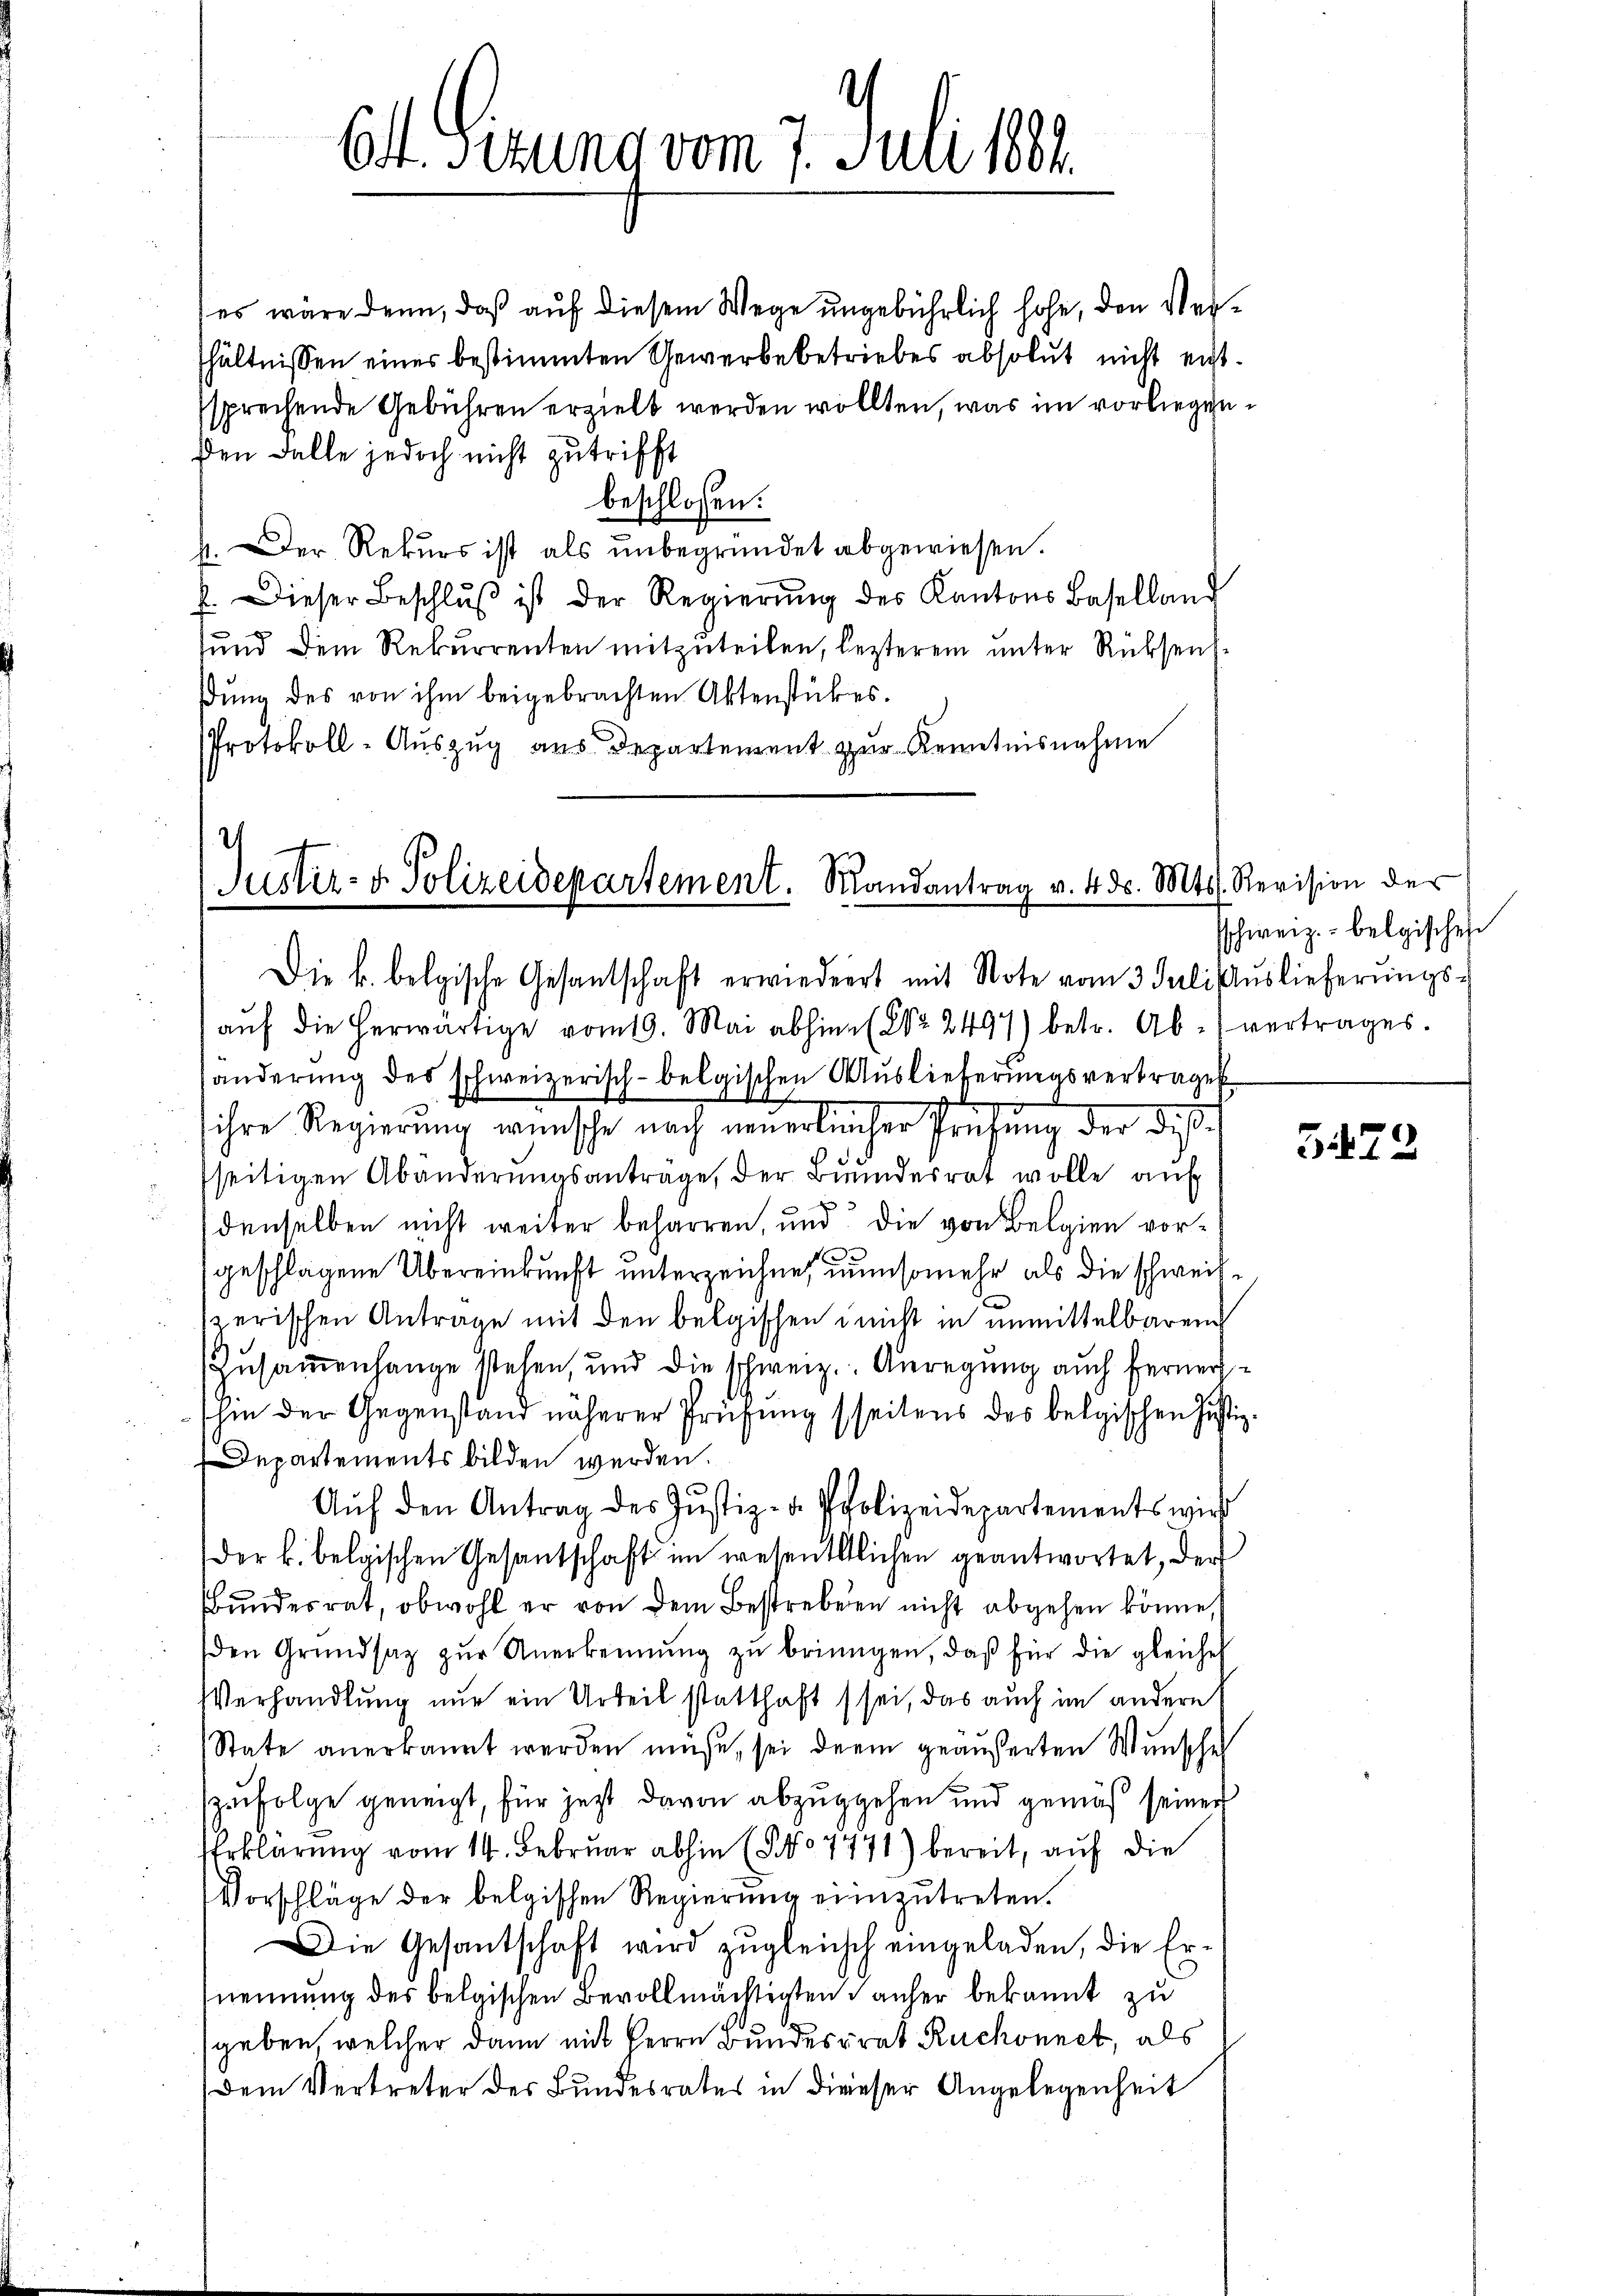
Ct. Firung vom 7. Juli 1884.

es wäre denn, daß auf diesem Wege ungebührlich hohe, den Vershältnissen eines bestimmten Gewerbebetriebes absolut nicht entssprechende Gebühren erzielt werden wollten, was im vorliegenden Falle jedoch nicht zutrifft
beschlossen:
J. Der Rekurs ist als unbegründet abgewiesen.
b. Dieser Beschlŭβ ist der Regierŭng des Kantons Baselland
sund dem Rekurrenten mitzuteilen, lezterem unter Rücksenŭng des von ihm beigebrachten Aktenstückes.
Protokoll-Auszug aus Departement zur Kenntnisnahme

¬
Justiz- & Polizeidepartement. Mandantrag v. 4. d. Mts. Revision der
Die k. belgische Gesantschaft erwiedert mit Note vom 3. Juli Aŭslieferŭngs-

aŭf die herwärtige vom 19. Mai abhin (Nr. 2497) betr. Ab-vertrages.
änderung des schweizerisch-belgischen Auslieferungsvertrages
ihre Regierung wünsche nach neuerleicher Prüfung der diesel
seitigen Abänderungsantrage, der Bundesrat wolle auf
denselben nicht weiter beharren, und die von Belgien vord
geschlagene Übereinkunft unterzeichne, umsomehr als die schweiszerischen Antrage mit den belgischen nicht in unmittelbaren
Zusammenhange stehen, und die schweiz. Anregung auch ferner
shin der Gegenstand näherer Prüfung (seitens des belgischen Justiz-
Departements bilden werden.
Auf den Antrag des Justiz- u. Polizeidepartements wird
der k. belgischen Gesantschaft im wesentlichen geantwortet, der
bundesrat, obwohl er von dem Bestreben nicht abgehen könne,
den Grŭndsatz zŭr Anerkennung zŭ bringen, daβ für die gleiches
VVerhandlung nur ein Urteil statthaft sei, das auch im andere
State anerkannt werden müße, sei derin geäußerten Wunsche
zufolge geneigt, für jetzt davon abzugehen und gemäß seiner
Erklärung vom 14. Februar abhin (§ 7771) bereit, auf die
Vorschläge der belgischen Regierung einzutreten.
Die Gesantschaft wird zŭgleich eingeladen, die Er-
nennung des belgischen Bevollmächtigten anher bekannt zu
geben, welcher dann mit Herrn Bundesrat Ruchonnet, als
dem Vertreter des Bundesrates in dieser Angelegenheit

schweiz. belgischen

5422